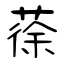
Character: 蒣